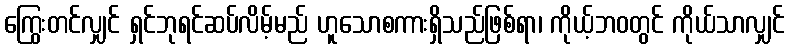
ကြွေးတင်လျှင် ရှင်ဘုရင်ဆပ်လိမ့်မည် ဟူသောစကားရှိသည်ဖြစ်ရာ၊ ကိုယ့်ဘဝတွင် ကိုယ်သာလျှင်